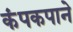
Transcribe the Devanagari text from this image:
कंपकपाने